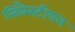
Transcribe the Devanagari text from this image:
सिबैस्टीयन